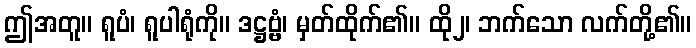
ဤအတူ။ ရူပံ၊ ရူပါရုံကို။ ဒဋ္ဌဗ္ဗံ၊ မှတ်ထိုက်၏။ ထို၂၊ ဘက်သော လက်တို့၏။